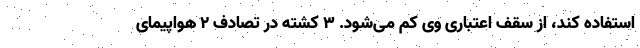
استفاده کند، از سقف اعتباری وی کم می‌شود. 3 کشته در تصادف 2 هواپیمای